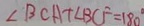
\angle B C A + \angle B C F = 1 8 0 ^ { \circ }